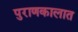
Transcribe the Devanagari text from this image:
पुराणकालात